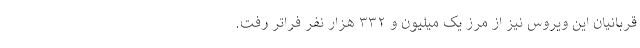
قربانیان این ویروس نیز از مرز یک میلیون و ۳۳۲ هزار نفر فراتر رفت.